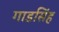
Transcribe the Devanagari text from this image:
गाडसिंह